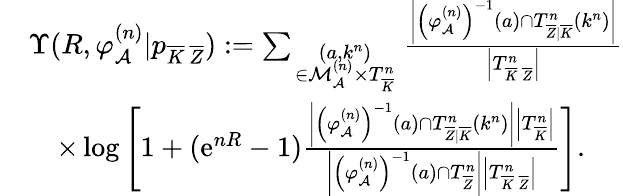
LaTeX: \begin{array}{rl}&{\Upsilon(R,\varphi_{\cal A}^{(n)}|p_{\overline{{K}}\, \overline{{Z}}}):=\sum_{\scriptstyle(a,k^{n})\atop{\scriptstyle\in{\cal M}_{\cal A}^{(n)}\times T_{\overline{{K}}}^{n}}}\textstyle\frac{\left|\left(\varphi_{\cal A}^{(n)}\right)^{-1}(a)\cap T_{\overline{{Z}}|\overline{{K}}}^{n}(k^{n})\right|}{\left|T_{\overline{{K}}\, \overline{{Z}}}^{n}\right|}}\\ &{\quad\times\log\left[1+(\mathrm{e}^{nR}-1)\textstyle\frac{\left|\left(\varphi_{\cal A}^{(n)}\right)^{-1}(a)\cap T_{\overline{{Z}}|\overline{{K}}}^{n}(k^{n})\right|\left|T_{\overline{{K}}}^{n}\right|}{\left|\left(\varphi_{\cal A}^{(n)}\right)^{-1}(a)\cap T_{\overline{{Z}}}^{n}\right|\left|T_{\overline{{K}}\, \overline{{Z}}}^{n}\right|}\right].}\end{array}